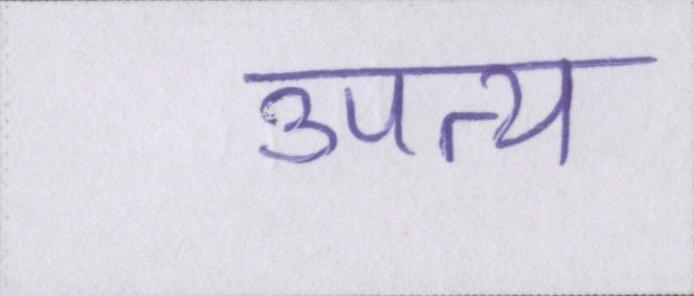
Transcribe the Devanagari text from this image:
उपत्य